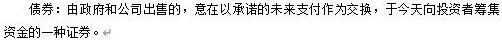
债券：由政府和公司出售的，意在以承诺的未来支付作为交换，于今天向投资者筹集